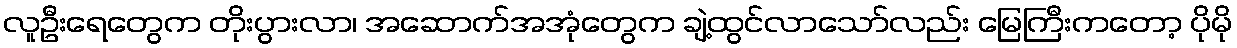
လူဦးရေတွေက တိုးပွားလာ၊ အဆောက်အအုံတွေက ချဲ့ထွင်လာသော်လည်း မြေကြီးကတော့ ပိုမို